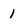
Character: 1